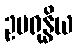
ဥပရုန္ဓိယ